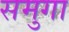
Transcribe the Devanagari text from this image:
समुगा